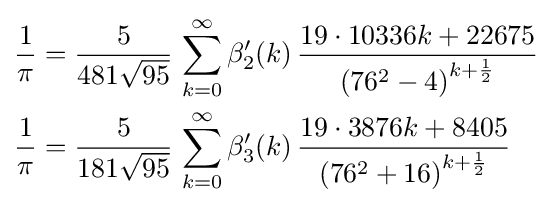
{\begin{aligned}{\frac {1}{\pi }}&={\frac {5}{481{\sqrt {95}}}}\,\sum _{k=0}^{\infty }\beta _{2}'(k)\,{\frac {19\cdot 10336k+22675}{\left(76^{2}-4\right)^{k+{\frac {1}{2}}}}}\\{\frac {1}{\pi }}&={\frac {5}{181{\sqrt {95}}}}\,\sum _{k=0}^{\infty }\beta _{3}'(k)\,{\frac {19\cdot 3876k+8405}{\left(76^{2}+16\right)^{k+{\frac {1}{2}}}}}\end{aligned}}